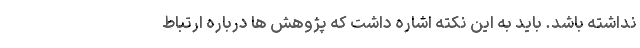
نداشته باشد. باید به این نکته اشاره داشت که پژوهش ها درباره ارتباط